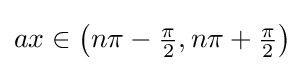
{\textstyle ax\in \left(n\pi -{\frac {\pi }{2}},n\pi +{\frac {\pi }{2}}\right)}